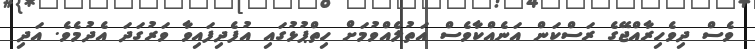
ވެސް ދިވެހިރާއްޖޭގެ ރަސްކަން އަނެއްކާވެސް އަތުލެއްވުމަށް ހިތްޕުޅުގައި އުފެދިފައިވާ ވަރުގަދަ އެދުމެވެ. އަދި